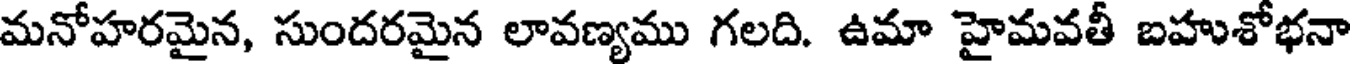
మనోహరమైన, సుందరమైన లావణ్యము గలది. ఉమా హైమవతీ బహుశోభనా